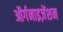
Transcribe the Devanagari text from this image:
ऑर्गनाइज़ेंशन